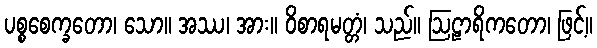
ပစ္စစေက္ခတော၊ သော။ အဿ၊ အား။ ဝိစာရမတ္တံ၊ သည်။ ဩဠာရိကတော၊ ဖြင့်။